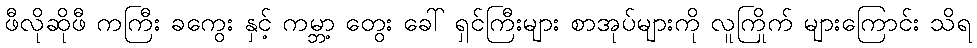
ဖီလိုဆိုဖီ ကကြီး ခကွေး နှင့် ကမ္ဘာ့ တွေး ခေါ် ရှင်ကြီးများ စာအုပ်များကို လူကြိုက် များကြောင်း သိရ